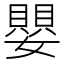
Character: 嬰